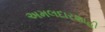
અમલદારશાહી